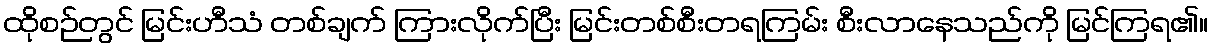
ထိုစဉ်တွင် မြင်းဟီသံ တစ်ချက် ကြားလိုက်ပြီး မြင်းတစ်စီးတရကြမ်း စီးလာနေသည်ကို မြင်ကြရ၏။